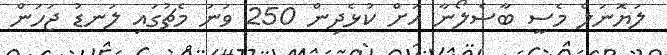
ލަޔޮނަލް މެސީ ބާސެލޯނާ އަށް ކުޅެދިން 250 ވަނަ މެޗުގައި ލަނޑު ޖަހަން